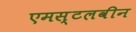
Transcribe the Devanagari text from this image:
एमस्टलवीन